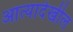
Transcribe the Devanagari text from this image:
आत्यादेखील